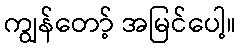
ကျွန်တော့် အမြင်ပေါ့။